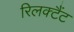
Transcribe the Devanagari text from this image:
रिलक्टैंट